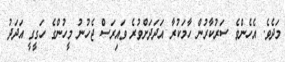
މަދެވެ. އެހެންވެ ސަރުކާރުން ހާމަކުރާ އަދަދަށްވުރެ ވައިރަސް ޖެހުނު މީހުންގެ ހަގީގީ އަދަދު